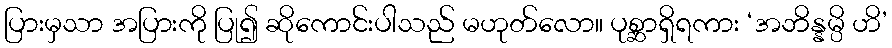
ပြားမှသာ အပြားကို ပြု၍ ဆိုကောင်းပါသည် မဟုတ်လော။ ပုစ္ဆာရှိရကား ‘အဘိန္နမ္ပိ ဟိ’